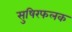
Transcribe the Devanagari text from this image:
सुषिरफलक